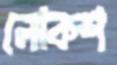
লোকশ